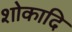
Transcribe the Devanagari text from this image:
शोकादि